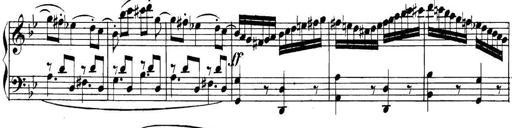
Title: Collected Piano Sonatas
Composer: Muzio Clementi